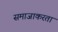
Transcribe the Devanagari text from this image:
समाजाकरता